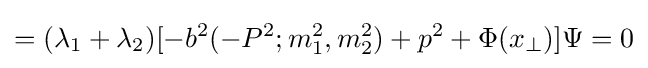
=(\lambda _{1}+\lambda _{2})[-b^{2}(-P^{2};m_{1}^{2},m_{2}^{2})+p^{2}+\Phi (x_{\perp })]\Psi =0